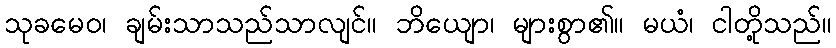
သုခမေဝ၊ ချမ်းသာသည်သာလျင်။ ဘိယျော၊ များစွာ၏။ မယံ၊ ငါတို့သည်။